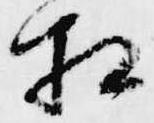
相